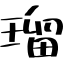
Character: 瑠